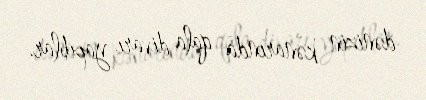
dənizin kənarında qala divarı yapıblar.